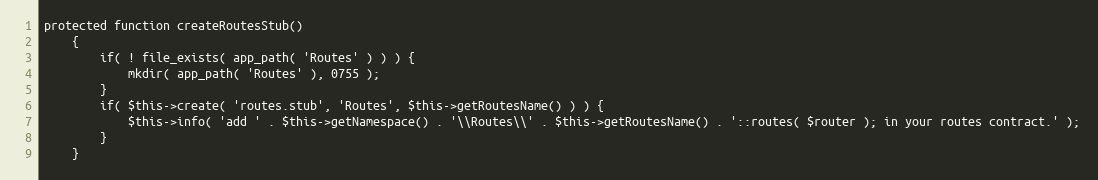
Language: PHP
protected function createRoutesStub()
    {
        if( ! file_exists( app_path( 'Routes' ) ) ) {
            mkdir( app_path( 'Routes' ), 0755 );
        }
        if( $this->create( 'routes.stub', 'Routes', $this->getRoutesName() ) ) {
            $this->info( 'add ' . $this->getNamespace() . '\\Routes\\' . $this->getRoutesName() . '::routes( $router ); in your routes contract.' );
        }
    }